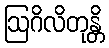
ဩဂိလိတုန္တိ